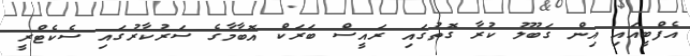
އެފްބީއައި އިން ގަބޫލު ކުރާ ގޮތުގައި ރައީސް ބަރަކް އޮބާމާގެ ސަރުކާރުގައި ސެކެޓްރީ